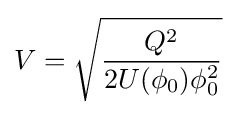
V={\sqrt {\frac {Q^{2}}{2U(\phi _{0})\phi _{0}^{2}}}}